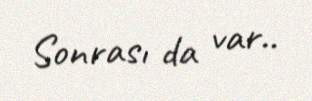
Sonrası da var..